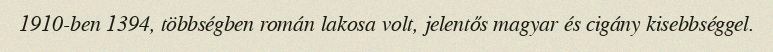
1910-ben 1394, többségben román lakosa volt, jelentős magyar és cigány kisebbséggel.